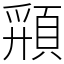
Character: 𩓚